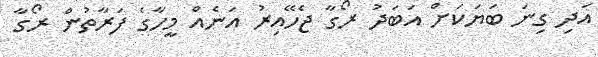
އަދި ގިނަ ބަޔަކަށް އަބަދު ރޯގާ ޖެހޭއިރު އަނެއް މީހާގެ ފަރާތުން ރޯގާ